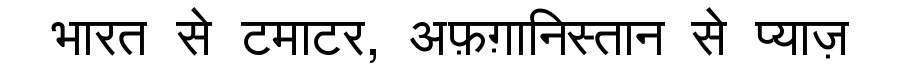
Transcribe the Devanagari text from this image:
भारत से टमाटर, अफ़ग़ानिस्तान से प्याज़